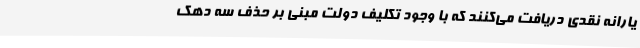
یارانه نقدی دریافت می‌کنند که با وجود تکلیف دولت مبنی بر حذف سه دهک